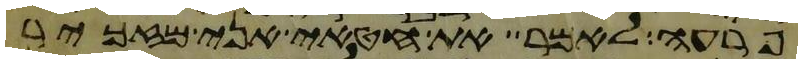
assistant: פרעה לאמר את חטאי אני מזכיר